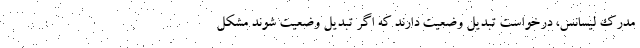
مدرک لیسانس، درخواست تبدیل وضعیت دارند که اگر تبدیل وضعیت شوند مشکل